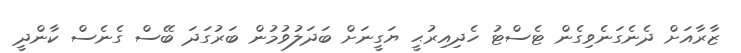
ޒާރާއަށް ދެނެގަނެވިގެން ޓެސްޓު ހެދިއިރުޙީ ޔަގީނަށް ބަދަލުވުމުން ބަރުގަދަ ބޭސް ގެނެސް ކާންދީ